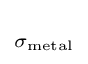
\scriptstyle \sigma _{\rm {metal}}